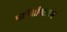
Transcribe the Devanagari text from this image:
माहितीपटावर